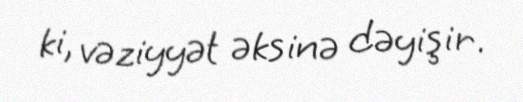
ki, vəziyyət əksinə dəyişir.